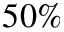
5 0 \%